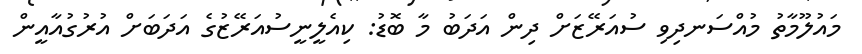
މައުލޫމާތު މުއްސަނދިވި ސުއަރޭޒަށް ދިން އަދަބު މާ ބޮޑު: ކިއެލީނީސުއަރޭޒުގެ އަދަބަށް އުރުގުއާއީން